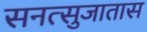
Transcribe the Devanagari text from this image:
सनत्सुजातास